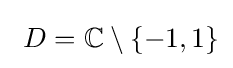
~D=\mathbb {C} \setminus \{-1,1\}